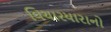
વિચારધારાનો